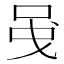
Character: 𠲁